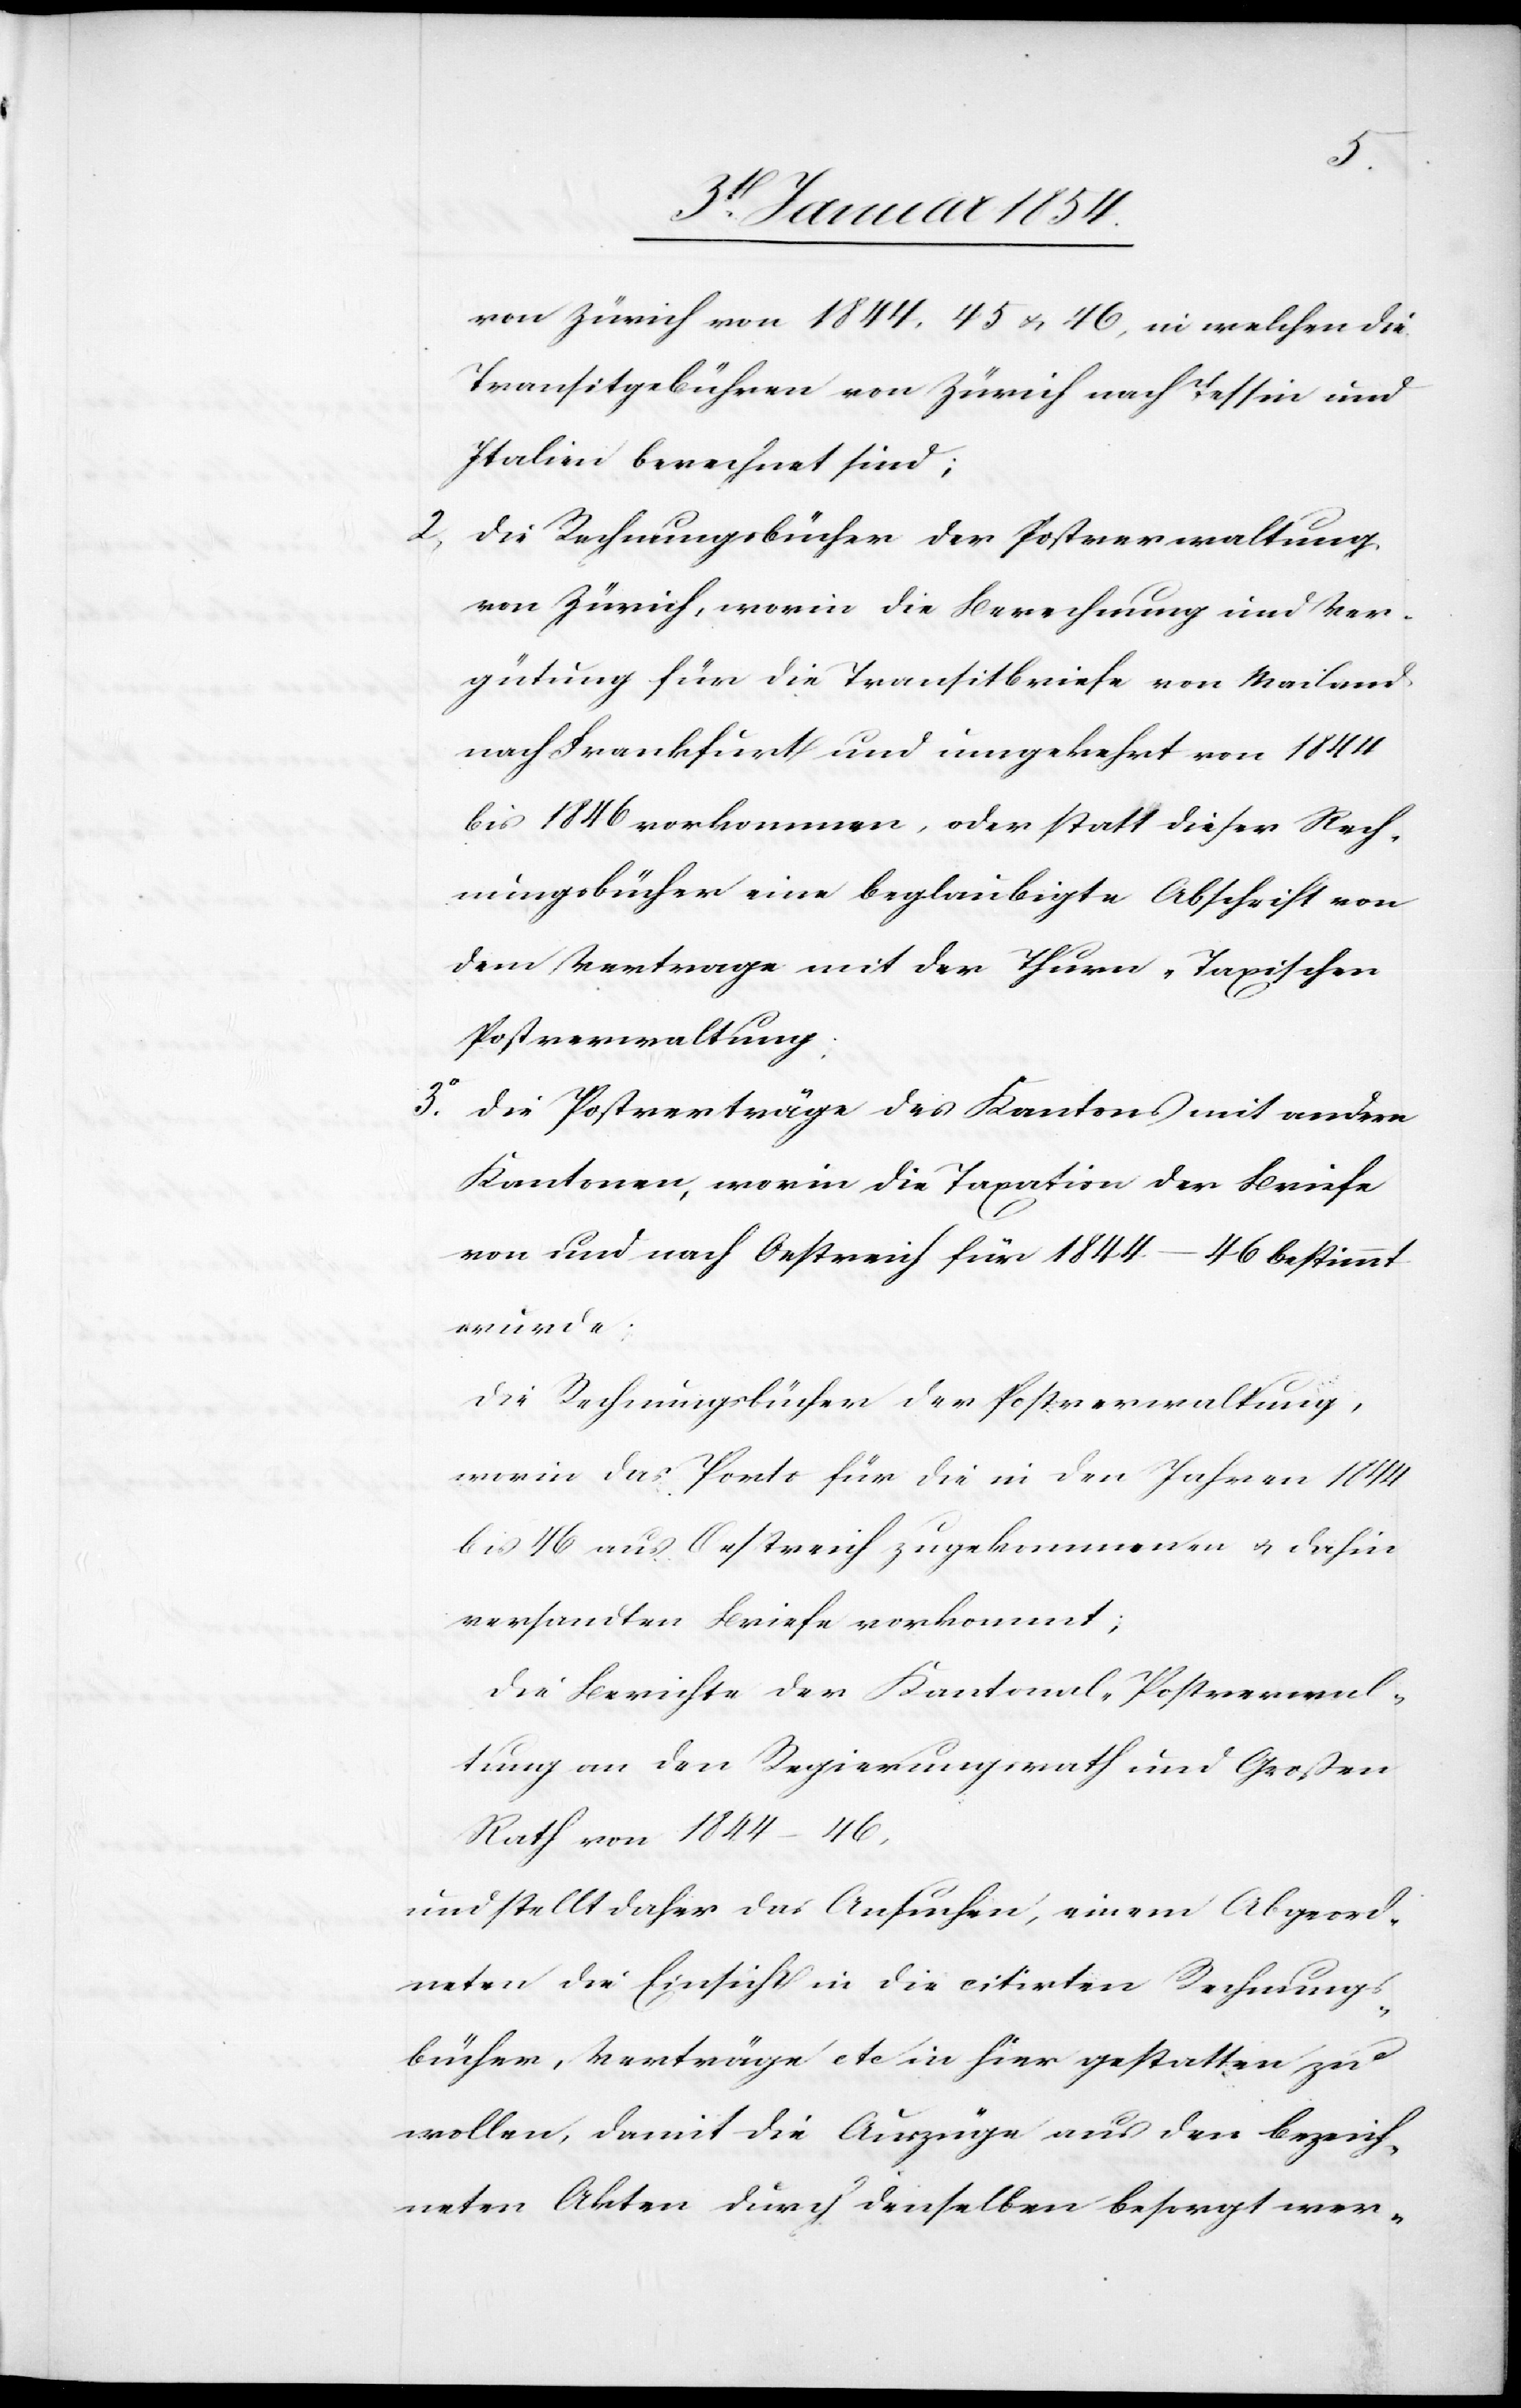
von Zürich von 1844, 45 u. 46, in welchen die
Transitgebühren von Zürich nach Tessin und
Italien berechnet sind;
2. Die Rechnungsbücher der Postverwaltung
von Zürich, worin die Berechnung und Ver¬
gütung für die Transitbriefe von Mailand
nach Frankfurt und umgekehrt von 1844
bis 1846 vorkommen, oder statt dieser Rech¬
nungsbücher eine beglaubigte Abschrift von
dem Vertrage mit der Thurn-Taxischen
Postverwaltung;
3. Die Postverträge des Kantons mit andern
Kantonen, worin die Taxation der Briefe
von und nach Oestreich für 1844–46 bestimmt
wurde:
Die Rechnungsbücher der Postverwaltung,
worin das Porto für die in den Jahren 1844
bis 46 aus Oestreich zugekommenen u. dahin
versandten Briefe vorkommt;
Die Berichte der Kantonal-Postverwal¬
tung an den Regierungsrath und Großen
Rath von 1844–46.
und stellt daher das Ansuchen, einem Abgeord¬
neten die Einsicht in die citirten Rechnungs¬
bücher, Verträge etc in hier gestatten zu
wollen, damit die Auszüge aus den bezeich¬
neten Akten durch denselben besorgt wer-